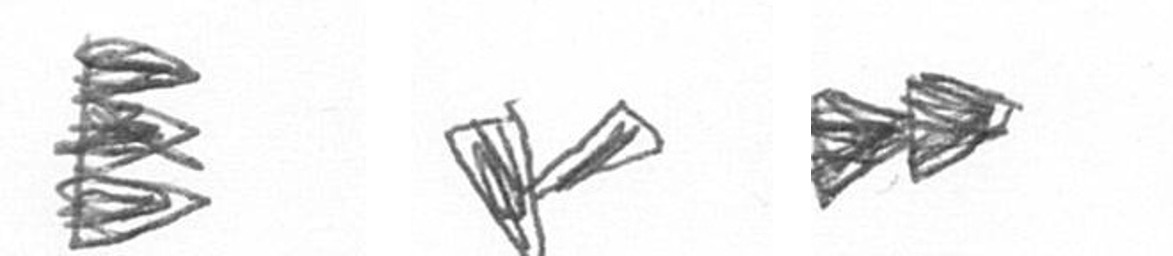
H F A